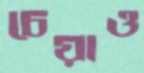
চেয়াও